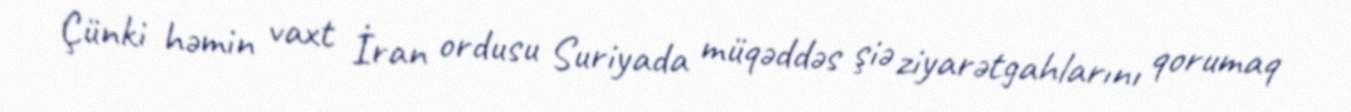
Çünki həmin vaxt İran ordusu Suriyada müqəddəs şiə ziyarətgahlarını qorumaq